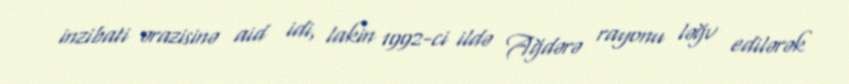
inzibati ərazisinə aid idi, lakin 1992-ci ildə Ağdərə rayonu ləğv edilərək